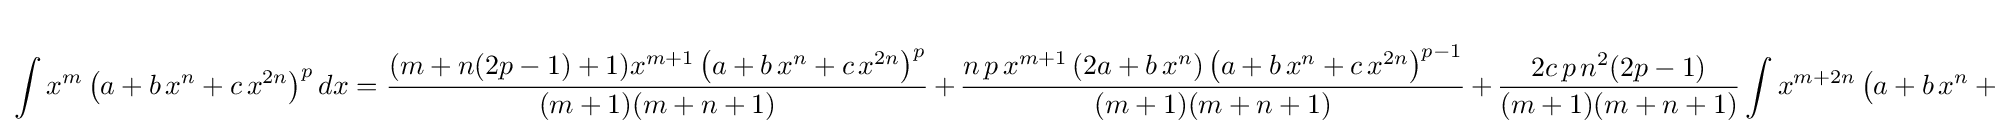
\int x^{m}\left(a+b\,x^{n}+c\,x^{2n}\right)^{p}dx={\frac {(m+n(2p-1)+1)x^{m+1}\left(a+b\,x^{n}+c\,x^{2n}\right)^{p}}{(m+1)(m+n+1)}}\,+\,{\frac {n\,p\,x^{m+1}\left(2a+b\,x^{n}\right)\left(a+b\,x^{n}+c\,x^{2n}\right)^{p-1}}{(m+1)(m+n+1)}}\,+\,{\frac {2c\,p\,n^{2}(2p-1)}{(m+1)(m+n+1)}}\int x^{m+2n}\left(a+b\,x^{n}+c\,x^{2n}\right)^{p-1}dx